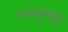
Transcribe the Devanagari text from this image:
नागपुरपट्टी